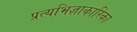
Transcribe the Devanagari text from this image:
प्रत्यभिज्ञाकारिका